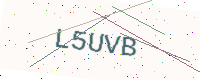
Text: L5UVB